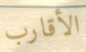
الأقارب